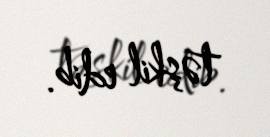
təşkil edib.